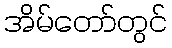
အိမ်တော်တွင်